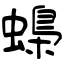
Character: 蟂